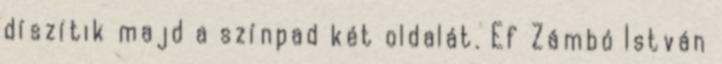
díszítik majd a színpad két oldalát. Ef Zámbó István